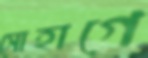
সোহাগে